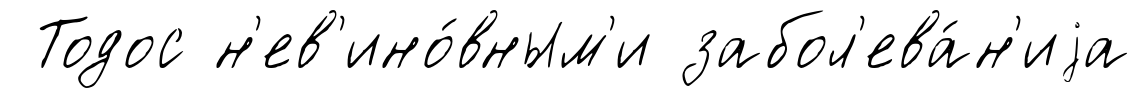
Тодос н'ев'ино́вным'и забол'ева́н'иjа